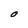
Character: O